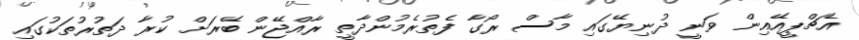
އެޗްޕީއޭއިން ވަނީ ދުނިޔޭގައި މާސް ރޯގާ ފެތުރެމުންދާތީ ރާއްޖޭން ބޭރަށް ކުރާ ދަތުރުތަކުގައި